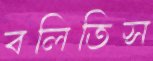
বলিতিস